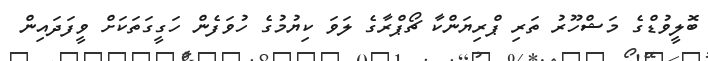
ބޮލީވުޑްގެ މަޝްހޫރު ތަރި ޕްރިޔަންކާ ޗޯޕްރާގެ ލަވަ ކިޔުމުގެ ހުވަފެން ހަގީގަތަކަށް ވީފަދައިން